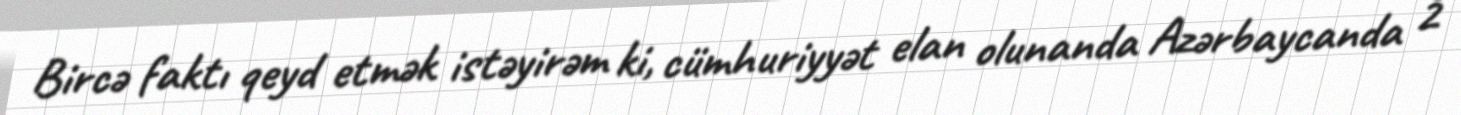
Bircə faktı qeyd etmək istəyirəm ki, cümhuriyyət elan olunanda Azərbaycanda 2